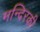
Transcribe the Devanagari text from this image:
मन्दिरकी